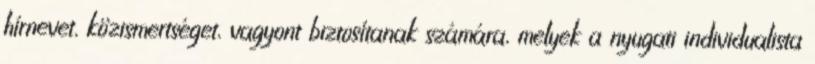
hírnevet, közismertséget, vagyont biztosítanak számára, melyek a nyugati individualista